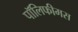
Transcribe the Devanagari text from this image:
पॉलिफीमस